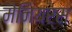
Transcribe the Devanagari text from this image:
मेनियर्स